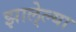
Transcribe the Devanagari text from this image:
झाले्ल्या